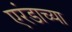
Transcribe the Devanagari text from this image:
एरंडाच्या